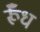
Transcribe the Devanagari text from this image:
र्रूँध